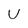
Character: U